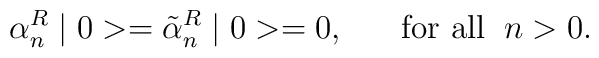
\alpha^R_n\mid 0>=\tilde{\alpha}^R_n\mid 0>=0,\;\;\;\;\;\;\mbox{for all}\;\;n>0.